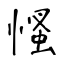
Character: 慅